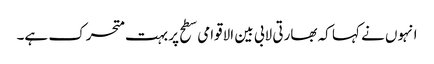
انہوں نے کہا کہ بھارتی لابی بین الاقوامی سطح پر بہت متحرک ہے۔